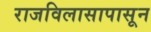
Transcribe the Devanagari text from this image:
राजविलासापासून